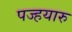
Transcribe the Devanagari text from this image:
पज्हयारु